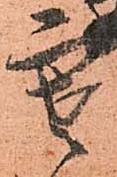
寒